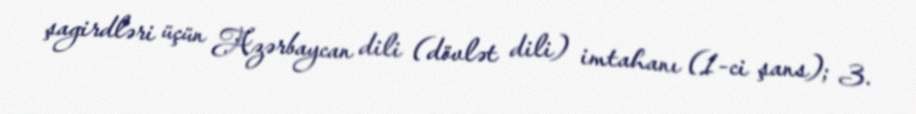
şagirdləri üçün Azərbaycan dili (dövlət dili) imtahanı (1-ci şans); 3.